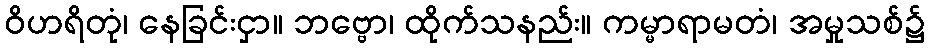
ဝိဟရိတုံ၊ နေခြင်းငှာ။ ဘဗ္ဗော၊ ထိုက်သနည်း။ ကမ္မာရာမတံ၊ အမှုသစ်၌